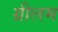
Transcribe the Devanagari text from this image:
ग्रीलम